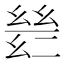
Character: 𫷡